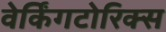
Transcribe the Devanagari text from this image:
वेर्किंगटोरिक्स